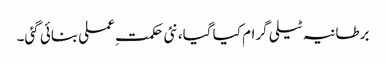
برطانیہ ٹیلی گرام کیا گیا، نئی حکمتِ عملی بنائی گئی۔